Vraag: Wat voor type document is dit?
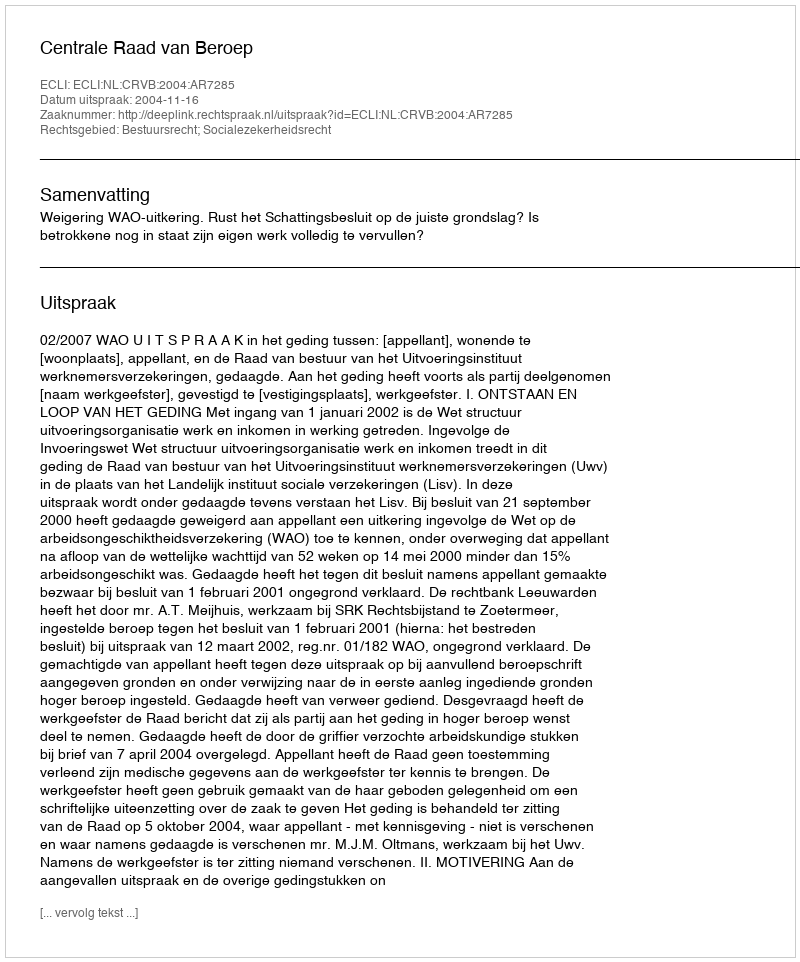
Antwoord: Uitspraak